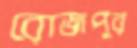
রোজপুর